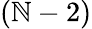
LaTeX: (\mathbb{N}-2)